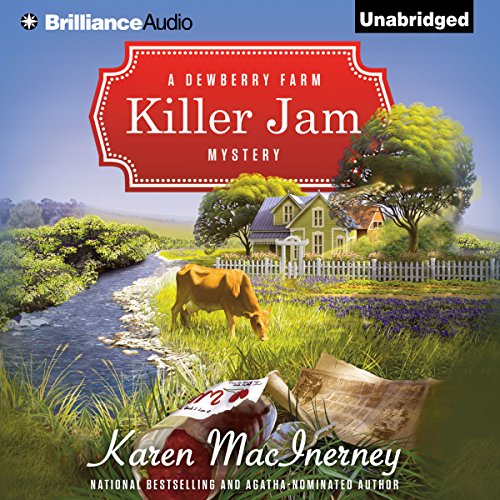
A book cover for Killer Jam; Karen MacInerney; Mystery, Thriller & Suspense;